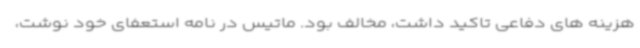
هزینه های دفاعی تاکید داشت، مخالف بود. ماتیس در نامه استعفای خود نوشت،